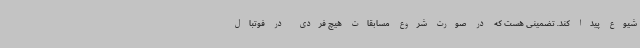
شیوع پیدا کند. تضمینی هست که در صورت شروع مسابقات هیچ فردی در فوتبال